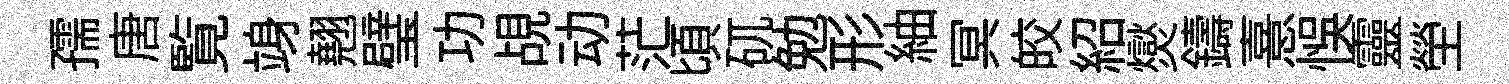
孺唐覧竧翹璧功覘动茫頃矹勉形紬冥皎紹爕鑄憙悞靈塋